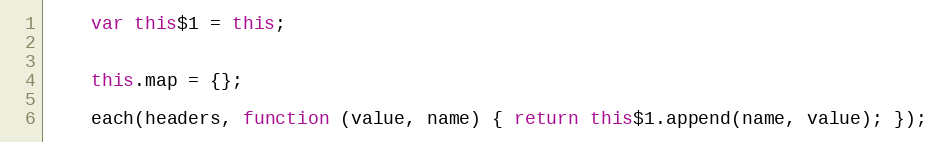
Language: JavaScript
    var this$1 = this;

    this.map = {};

    each(headers, function (value, name) { return this$1.append(name, value); });